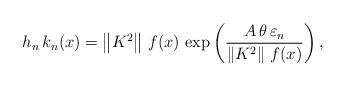
LaTeX: \begin{align*}h_{n}\,k_{n}(x)=\left\| K^{2}\right\| \,f(x)\,\exp \left( \frac{A\,\theta\,\varepsilon _{n}}{\left\| K^{2}\right\| \,f(x)}\right) , \end{align*}